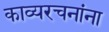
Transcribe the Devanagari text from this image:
काव्यरचनांना